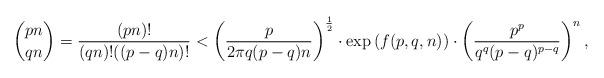
LaTeX: \begin{align*}\binom{pn}{qn}=\frac{(pn)!}{(qn)!((p-q)n)!}<\left(\frac{p}{2\pi q(p-q)n}\right)^{\frac{1}{2}}\cdot \exp\left(f(p,q,n)\right)\cdot \left(\frac{p^{p}}{q^q(p-q)^{p-q}}\right)^n,\end{align*}